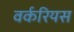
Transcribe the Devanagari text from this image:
वर्करियस